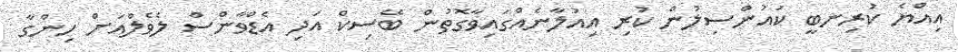
އިއްޔެ ކުރިނބީ ކައުންސިލުން ކުރި އިއުލާނެއްގައިވާގޮތުން ބޭސިކް އަދި އެޑްވާންސް ލެވެލްއަށް ހިންގާ